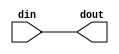

module Switches(din,dout);
    input [31:0] din;
	output [31:0] dout;
	
	//assign dout = din;
	assign dout = din;
endmodule